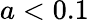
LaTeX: a<0.1